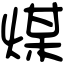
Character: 煤